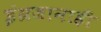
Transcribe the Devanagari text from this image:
इंग्रजानाही